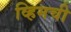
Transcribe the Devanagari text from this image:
व्हिमची